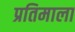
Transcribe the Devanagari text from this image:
प्रतिमाला